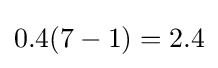
0.4(7-1)=2.4